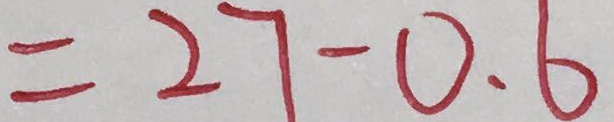
= 2 7 - 0 . 6